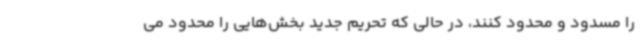
را مسدود و محدود کنند، در حالی که تحریم جدید بخش‌هایی را محدود می